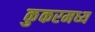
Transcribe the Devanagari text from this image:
कुकरमध्य